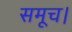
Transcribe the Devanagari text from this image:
समूच।